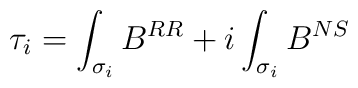
\tau_i=\int_{\sigma_i} B^{RR} + i \int_{\sigma_i} B^{NS}